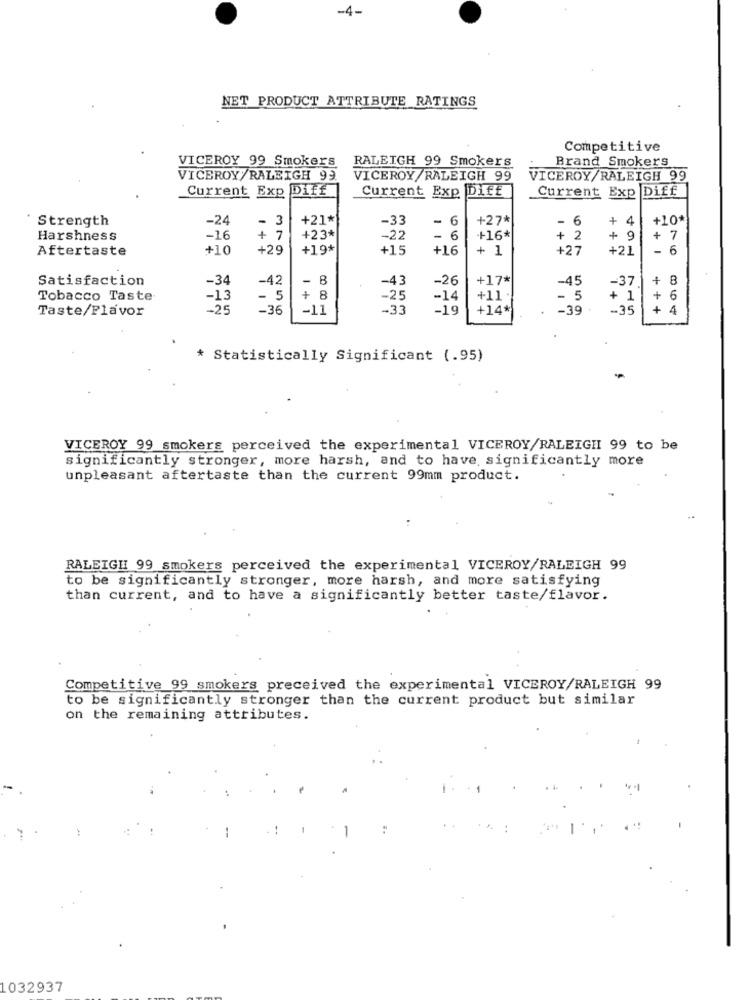
-4-
NET PRODUCT ATTRIBUTE RATINGS
Competitive
VICEROY 99 Smokers
Brand Smokers
RALEIGH 99 Smokers
VICEROY/RALEIGH 99.
VICEROY/RALEIGH 99
VICEROY/RALEIGH 99
Current Exp Diff
Current Exp Diff
Current Exp Diff
Strength
-24
- 3
+21*
-33
- 6
+27*
6
+ 4
+10*
Harshness
-16
+ 7
+23*
-22
- 6
+16*
+ 2
+ 9
+ 7
Aftertaste
+10
+29
+19*
+15
+16
+ 1
+27
+21
- 6
Satisfaction
-34
-42
-
B
-43
-26
+17*
-45
-37
+
8
+
Tobacco Taste
-13
-
. 5
8
-25
-14
+11.
5
+ 1
+ 6
Taste/Flavor
-25
-36
-11
-35
-19
+14
-39
-35
+
4
* Statistically Significant (.95)
VICEROY 99 smokers perceived the experimental VICEROY/RALEIGHI 99 to be
significantly stronger, more harsh, and to have, significantly more
unpleasant aftertaste than the current 99mm product.
RALEIGH 99 smokers perceived the experimental VICEROY/RALEIGH 99
to be significantly stronger, more harsh, and more satisfying
than current, and to have a significantly better taste/flavor.
Competitive 99 smokers preceived the experimental VICEROY/RALEIGH 99
to be significantly stronger than the current product but similar
on the remaining attributes.
-
--
1032937